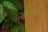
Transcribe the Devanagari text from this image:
अडकोळण